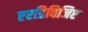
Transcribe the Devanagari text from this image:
एरडिविजिए